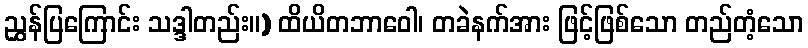
ညွှန်ပြကြောင်း သဒ္ဒါတည်း။) ထိယိတဘာဝေါ၊ တခဲနက်အား ဖြင့်ဖြစ်သော တည်တံ့သော